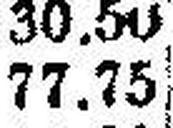
77.75